Civil Veterinary Department. United Provinces 1932-42 - 1932-1942
Year: 1932
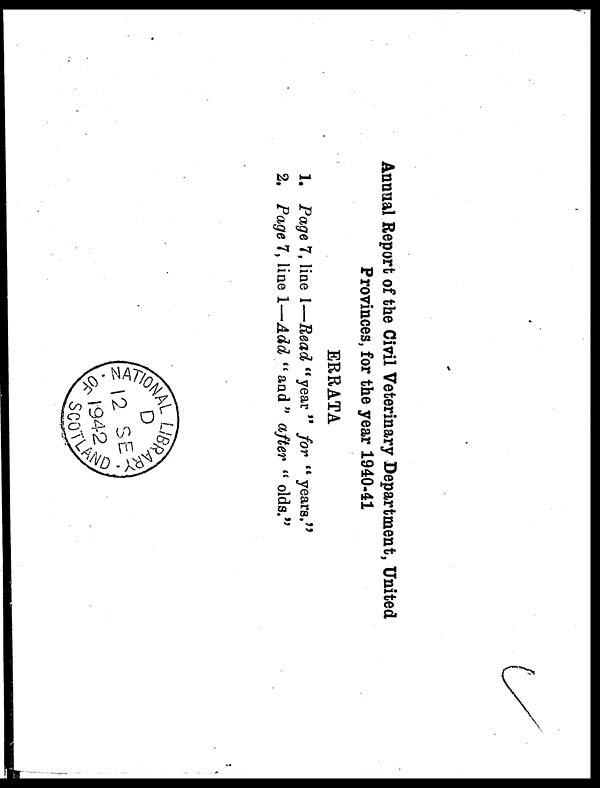
Annual Report of the Civil Veterinary Department, United
Provinces, for the year 1940-41
ERRATA
1. Page 7, line 1—Read "year " for " years."
2. Page 7, line 1—Add " and " after " olds."